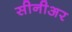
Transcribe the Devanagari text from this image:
सीनीअर